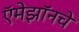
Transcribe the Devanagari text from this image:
ऍमेझॉनचे